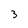
Character: 3